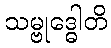
သမ္ဗုဒ္ဓေါတိ